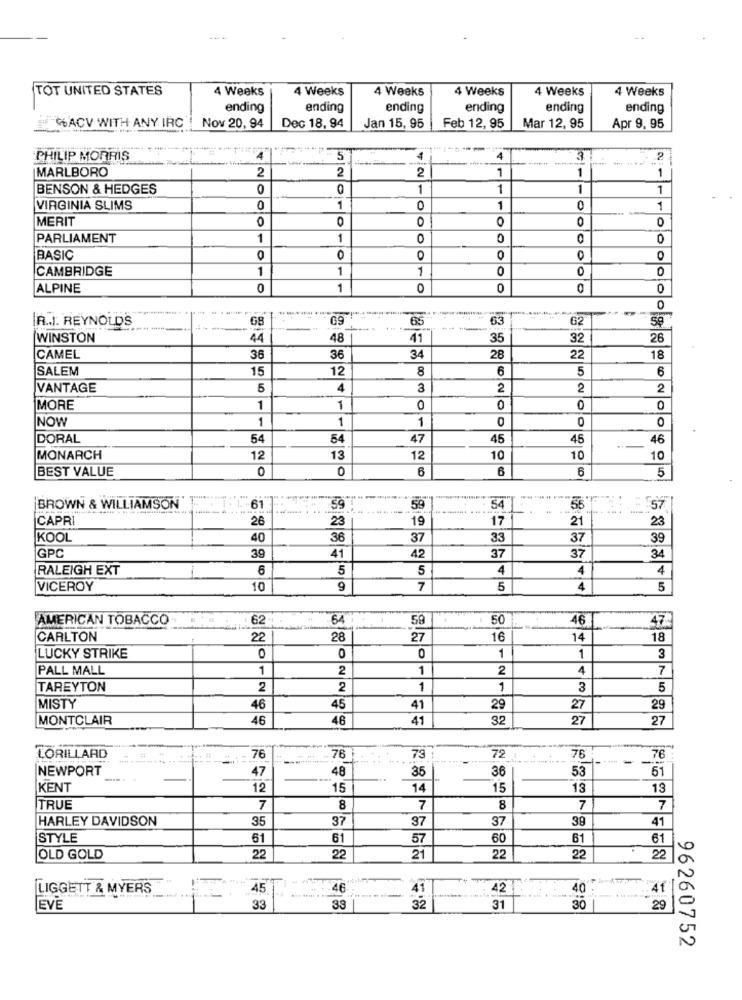
TOT UNITED STATES
4 Weeks
4 Weeks
4 Weeks
4 Weeks
4 Weeks
4 Weeks
ending
ending
ending
ending
ending
ending
GACV WITH ANY IRC
Nov 20, 94
Dec 18, 94
Jan 15, 95
Feb 12, 95
Mar 12, 95
Apr 9. 95
------
PHILIP MORRIS
4
5
4
3
2
MARLBORO
2
2
2
1
1
1
BENSON & HEDGES
0
0
1
1
1
1
VIRGINIA SLIMS
0
1
0
1
1
MERIT
0
0
0
0
0
PARLIAMENT
1
1
0
0
BASIC
0
0
O
O
0
0
CAMBRIDGE
1
1
1
0
ALPINE
0
1
0
0
0
IR.J. REYNOLDS
68
39
65
83
62
59
WINSTON
44
48
41
35
32
26
36
CAMEL
36
34
28
22
18
SALEM
15
12
8
6
5
6
VANTAGE
5
4
3
2
2
2
MORE
1
1
O
0
0
NOW
1
1
1
0
0
0
DORAL
54
54
47
45
45
46
MONARCH
12
13
12
10
10
10
BEST VALUE
0
0
6
6
6
5
54
BROWN & WILLIAMSON
61
59
59
557
CAPR
26
23
19
17
21
23
KOOL
40
36
37
33
37
39
39
41
37
GPC
42
37
34
RALEIGH EXT
6
5
5
4
4
4
VICEROY
10
9
7
5
4
5
AMERICAN TOBACCO
62
64
59
50
46
47-
CARLTON
22
28
27
16
14
18
0
1
LUCKY STRIKE
0
0
1
3
PALL MALL
1
2
1
2
4
7
TAREYTON
2
2
1
1
3
5
MISTY
46
45
41
29
27
29
MONTCLAIR
46
46
41
32
27
27
LORILLARD
76
76
73
72
76
-
76
NEWPORT
47
48
35
36
53
51
KENT
12
15
14
15
13
13
TRUE
7
8
7
8
7
7
HARLEY DAVIDSON
35
37
37
37
39
41
STYLE
61
61
57
60
61
61
OLD GOLD
22
22
21
22
22
22
LIGGETT & MYERS
45
46
42
40
41
EVE
33
33
32
31
30
29
96260752